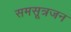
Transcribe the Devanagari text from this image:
समसूत्रजन